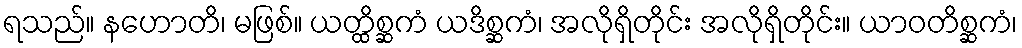
ရသည်။ နဟောတိ၊ မဖြစ်။ ယတ္ထိစ္ဆကံ ယဒိစ္ဆကံ၊ အလိုရှိတိုင်း အလိုရှိတိုင်း။ ယာဝတိစ္ဆကံ၊